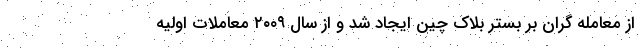
از معامله گران بر بستر بلاک چین ایجاد شد و از سال ۲۰۰۹ معاملات اولیه